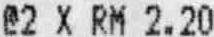
@2 X RM 2.20